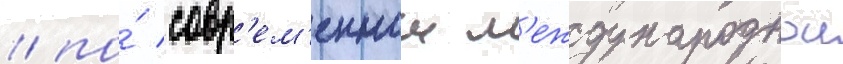
/ по́ совр'ем'еннои м'еждународнои